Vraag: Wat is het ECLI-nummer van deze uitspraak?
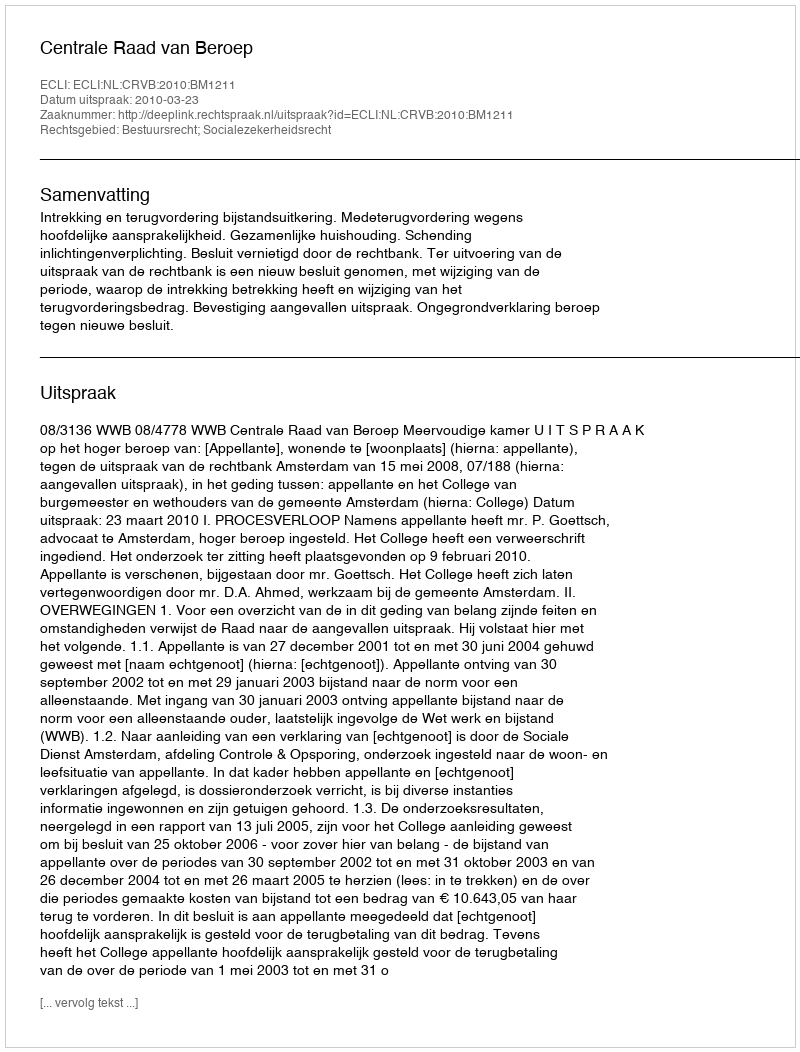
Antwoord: ECLI:NL:CRVB:2010:BM1211